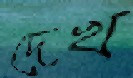
দেখ